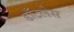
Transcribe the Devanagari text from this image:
डाँटलेस